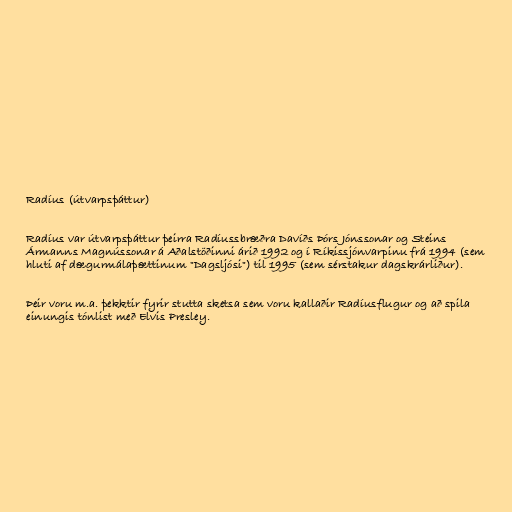
Radíus (útvarpsþáttur)

Radíus var útvarpsþáttur þeirra Radíussbræðra Davíðs Þórs Jónssonar og Steins
Ármanns Magnússonar á Aðalstöðinni árið 1992 og í Ríkissjónvarpinu frá 1994 (sem
hluti af dægurmálaþættinum "Dagsljósi") til 1995 (sem sérstakur dagskrárliður).

Þeir voru m.a. þekktir fyrir stutta sketsa sem voru kallaðir Radíusflugur og að spila
einungis tónlist með Elvis Presley.